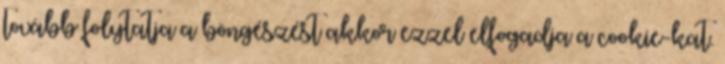
tovább folytatja a böngészést akkor ezzel elfogadja a cookie-kat.